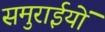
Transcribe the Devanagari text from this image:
समुराईयों